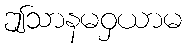
ဤသာနမဝှယာမ